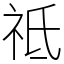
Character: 祗